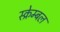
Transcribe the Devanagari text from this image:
स्क्रेम्बल